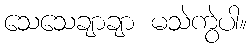
သေသေချာချာ မသဲကွဲပါ။